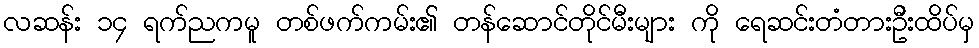
လဆန်း ၁၄ ရက်ညကမူ တစ်ဖက်ကမ်း၏ တန်ဆောင်တိုင်မီးများ ကို ရေဆင်းတံတားဦးထိပ်မှ